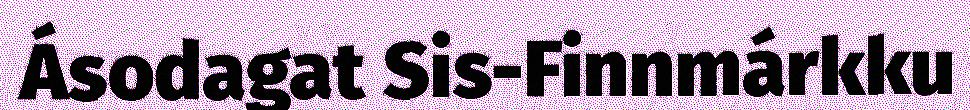
Ásodagat Sis-Finnmárkku